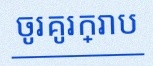
ចូរគូរក្រាប